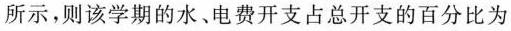
所示，则该学期的水、电费开支占总开支的百分比为